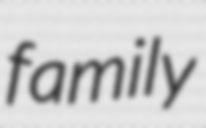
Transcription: family